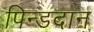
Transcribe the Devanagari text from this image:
पिन्डदान